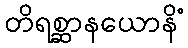
တိရစ္ဆာနယောနိံ